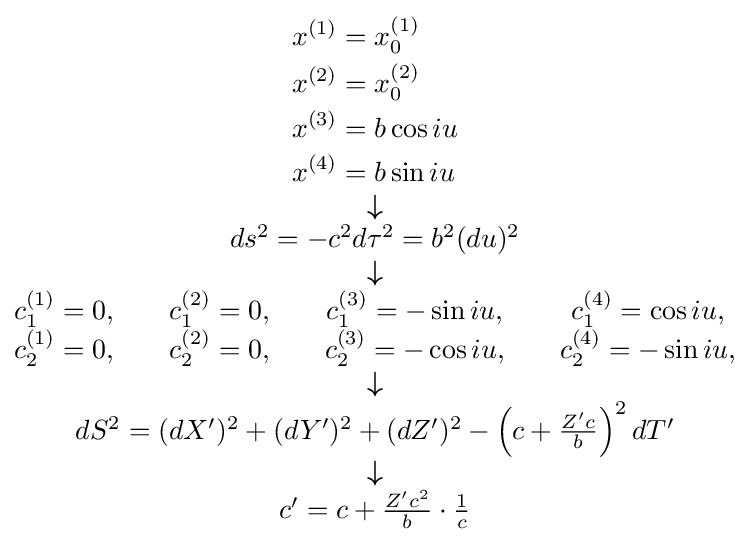
{\scriptstyle {\begin{matrix}{\begin{aligned}x^{(1)}&=x_{0}^{(1)}\\x^{(2)}&=x_{0}^{(2)}\\x^{(3)}&=b\cos iu\\x^{(4)}&=b\sin iu\end{aligned}}\\{\boldsymbol {\downarrow }}\\ds^{2}=-c^{2}d\tau ^{2}=b^{2}(du)^{2}\\{\boldsymbol {\downarrow }}\\{\begin{matrix}c_{1}^{(1)}=0,&&c_{1}^{(2)}=0,&&c_{1}^{(3)}=-\sin iu,&&c_{1}^{(4)}=\cos iu,\\c_{2}^{(1)}=0,&&c_{2}^{(2)}=0,&&c_{2}^{(3)}=-\cos iu,&&c_{2}^{(4)}=-\sin iu,\end{matrix}}\\{\boldsymbol {\downarrow }}\\dS^{2}=(dX')^{2}+(dY')^{2}+(dZ')^{2}-\left(c+{\frac {Z'c}{b}}\right)^{2}dT'\\{\boldsymbol {\downarrow }}\\c'=c+{\frac {Z'c^{2}}{b}}\cdot {\frac {1}{c}}\end{matrix}}}